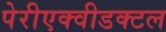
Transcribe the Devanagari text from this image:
पेरीएक्वीडक्टल